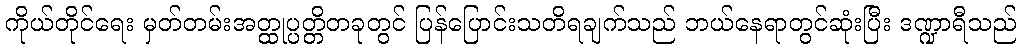
ကိုယ်တိုင်ရေး မှတ်တမ်းအတ္ထုပ္ပတ္တိတခုတွင် ပြန်ပြောင်းသတိရချက်သည် ဘယ်နေရာတွင်ဆုံးပြီး ဒဏ္ဍာရီသည်